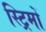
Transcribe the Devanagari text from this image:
स्ट्रिमों